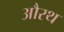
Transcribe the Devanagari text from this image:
औरथ